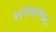
ખળખળાટ